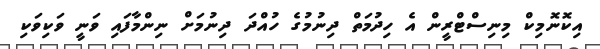
އިކޮނޮމިކް މިނިސްޓްރީން އެ ހިދުމަތް ދިނުމުގެ ހުއްދަ ދިނުމަށް ނިންމާފައި ވަނީ ވަކިވަކި